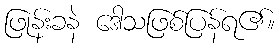
ဖြုန်းခနဲ ဒေါသဖြစ်ပြန်ရ၏။